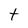
Character: t